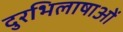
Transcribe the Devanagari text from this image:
दुरभिलाषाओं